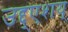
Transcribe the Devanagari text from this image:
उद्द्एशय्